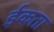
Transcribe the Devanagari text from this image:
ईकता